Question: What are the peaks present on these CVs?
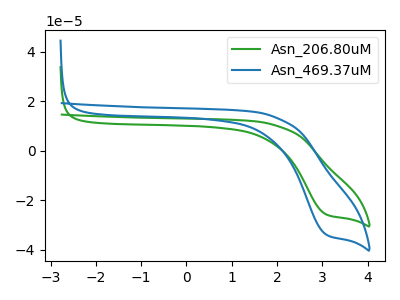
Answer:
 <answer>The green curve "Asn_206.80uM" has a cathodic peak at: (3.10V, -25.65uA). The blue curve "Asn_469.37uM" has a cathodic peak at: (3.10V, -33.80uA).</answer>
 <eval></eval>